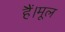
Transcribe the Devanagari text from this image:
हैं।मूल